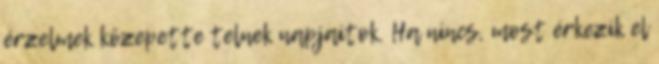
érzelmek közepette telnek napjaitok. Ha nincs, most érkezik el